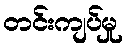
တင်းကျပ်မှု